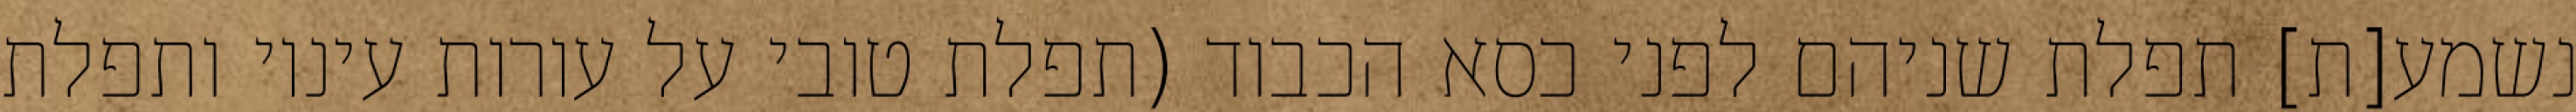
נשמע[ת] תפלת שניהם לפני כסא הכבוד (תפלת טובי על עורות עיניו ותפלת